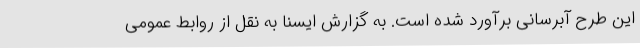
این طرح آبرسانی برآورد شده است. به گزارش ایسنا به نقل از روابط عمومی